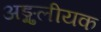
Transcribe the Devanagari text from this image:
अङ्गुलीयक